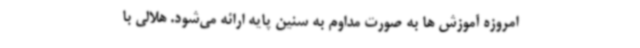
امروزه آموزش ها به صورت مداوم به سنین پایه ارائه می‌شود. هلالی با